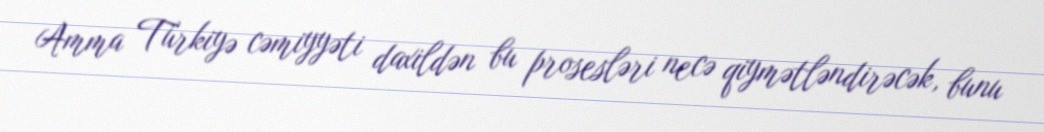
Amma Türkiyə cəmiyyəti daxildən bu prosesləri necə qiymətləndirəcək, bunu